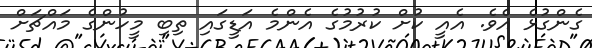
ގެންގުޅެ އެވެ. އެއީ ކުށް ކުރުމުގެ އެންމެ އަޑީގައި ތިބި މީހުންގެ މައްޗަށް